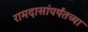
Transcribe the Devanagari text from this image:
रामदासांपर्यंतच्या